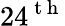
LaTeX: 24^{\mathrm{~t~h~}}